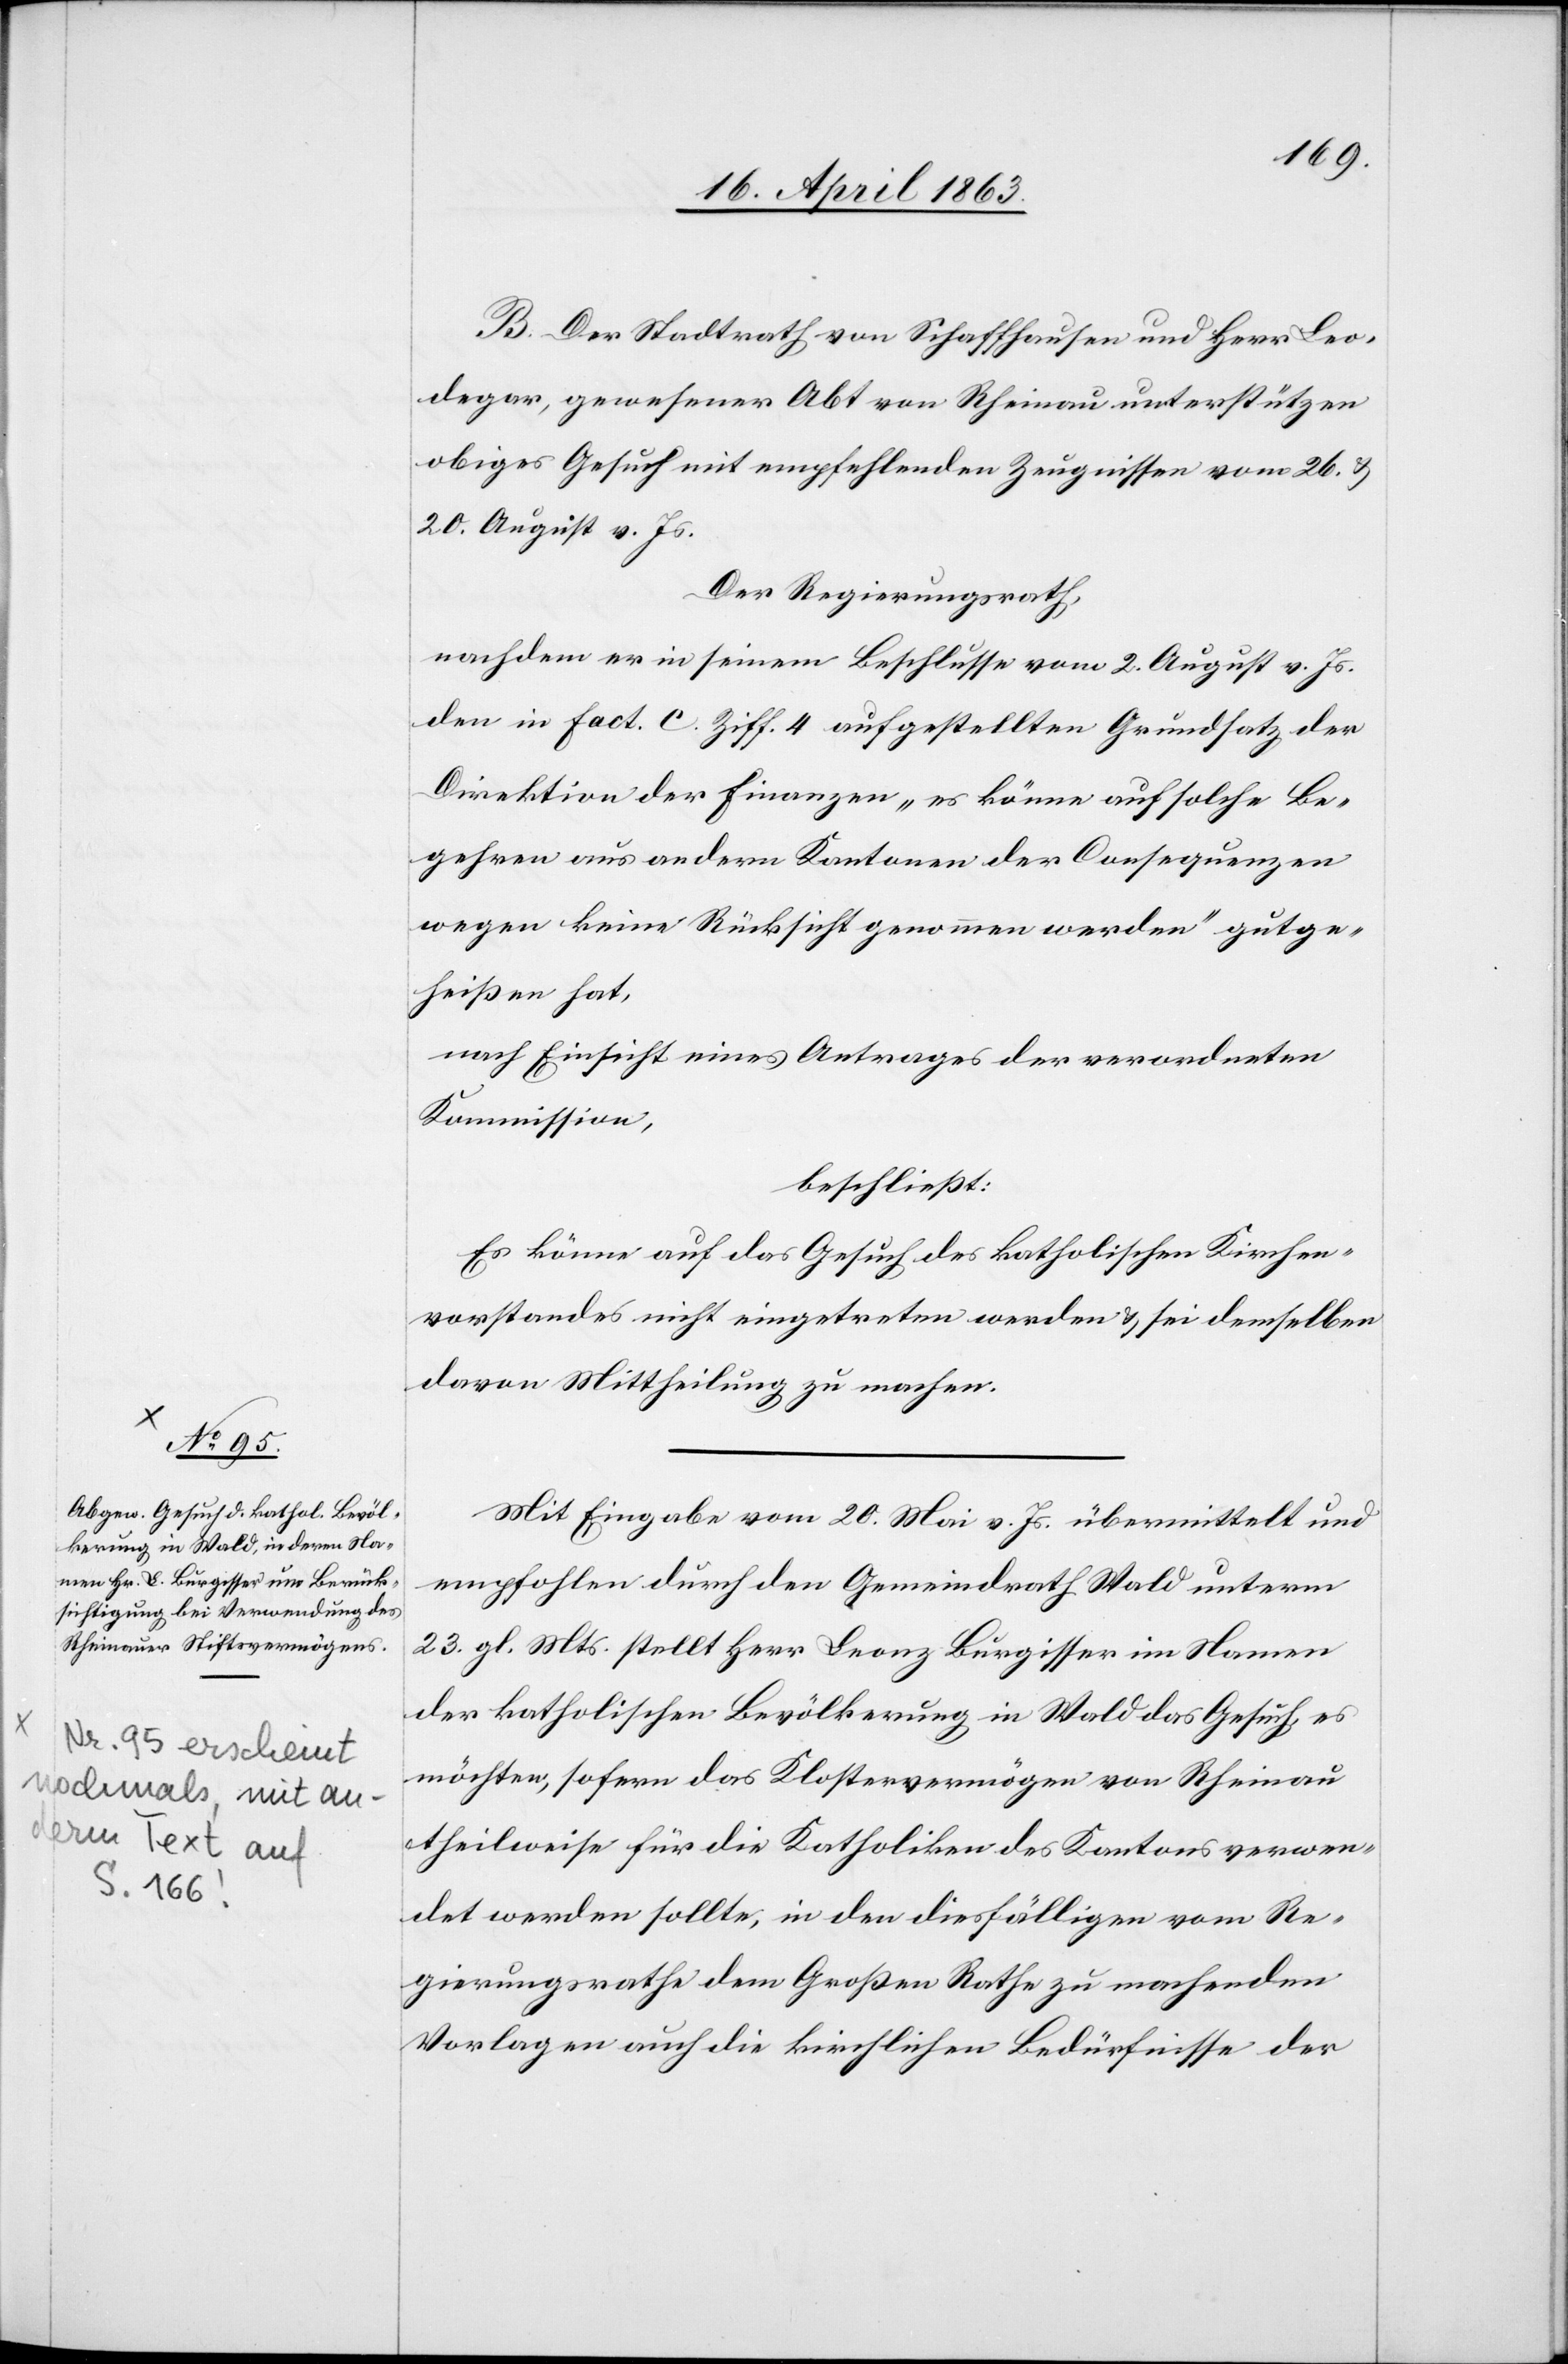
B. Der Stadtrath von Schaffhausen und Herr Leo¬
degar, gewesener Abt von Rheinau unterstützen
obiges Gesuch mit empfehlenden Zeugnissen vom 26. &
20. August v. Js.
Der Regierungsrath,
nachdem er in seinem Beschlusse vom 2. August v. Js.
den in Fact. C. Ziff. 4 aufgestellten Grundsatz der
Direktion der Finanzen „es könne auf solche Be¬
gehren aus andern Kantonen der Consequenzen
wegen keine Rücksicht genommen werden“ gutge¬
heißen hat,
nach Einsicht eines Antrages der verordneten
Kommission,
beschließt:
Es könne auf das Gesuch des katholischen Kirchen¬
vorstandes nicht eingetreten werden & sei demselben
davon Mittheilung zu machen.
Mit Eingabe vom 20. Mai v. Js. übermittelt und
empfohlen durch den Gemeindrath Wald unterm
23. gl. Mts. stellt Herr Leonz Burgisser im Namen
der katholischen Bevölkerung in Wald das Gesuch, es
möchten, sofern das Klostervermögen von Rheinau
theilweise für die Katholiken des Kantons verwen¬
det werden sollte, in den diesfälligen vom Re¬
gierungsrathe dem Großen Rathe zu machenden
Vorlagen auch die kirchlichen Bedürfnisse der